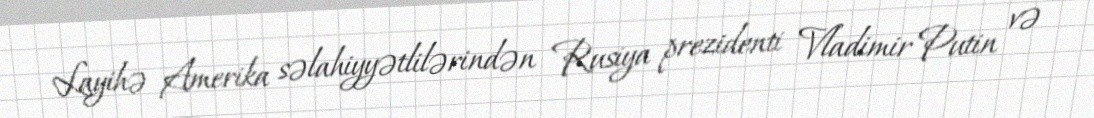
Layihə Amerika səlahiyyətlilərindən Rusiya prezidenti Vladimir Putin və